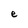
Character: e